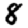
Digit: 8